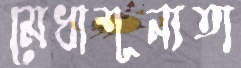
মেধাশূন্যতা